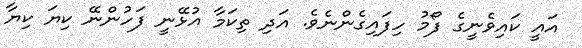
އައީ ކައިވެނީގެ ފޯމު ހިފައިގެންނެވެ. އަދި ތިކަމާ އުޅޭނީ ފަހުންނޭ ކިޔަ ކިޔާ